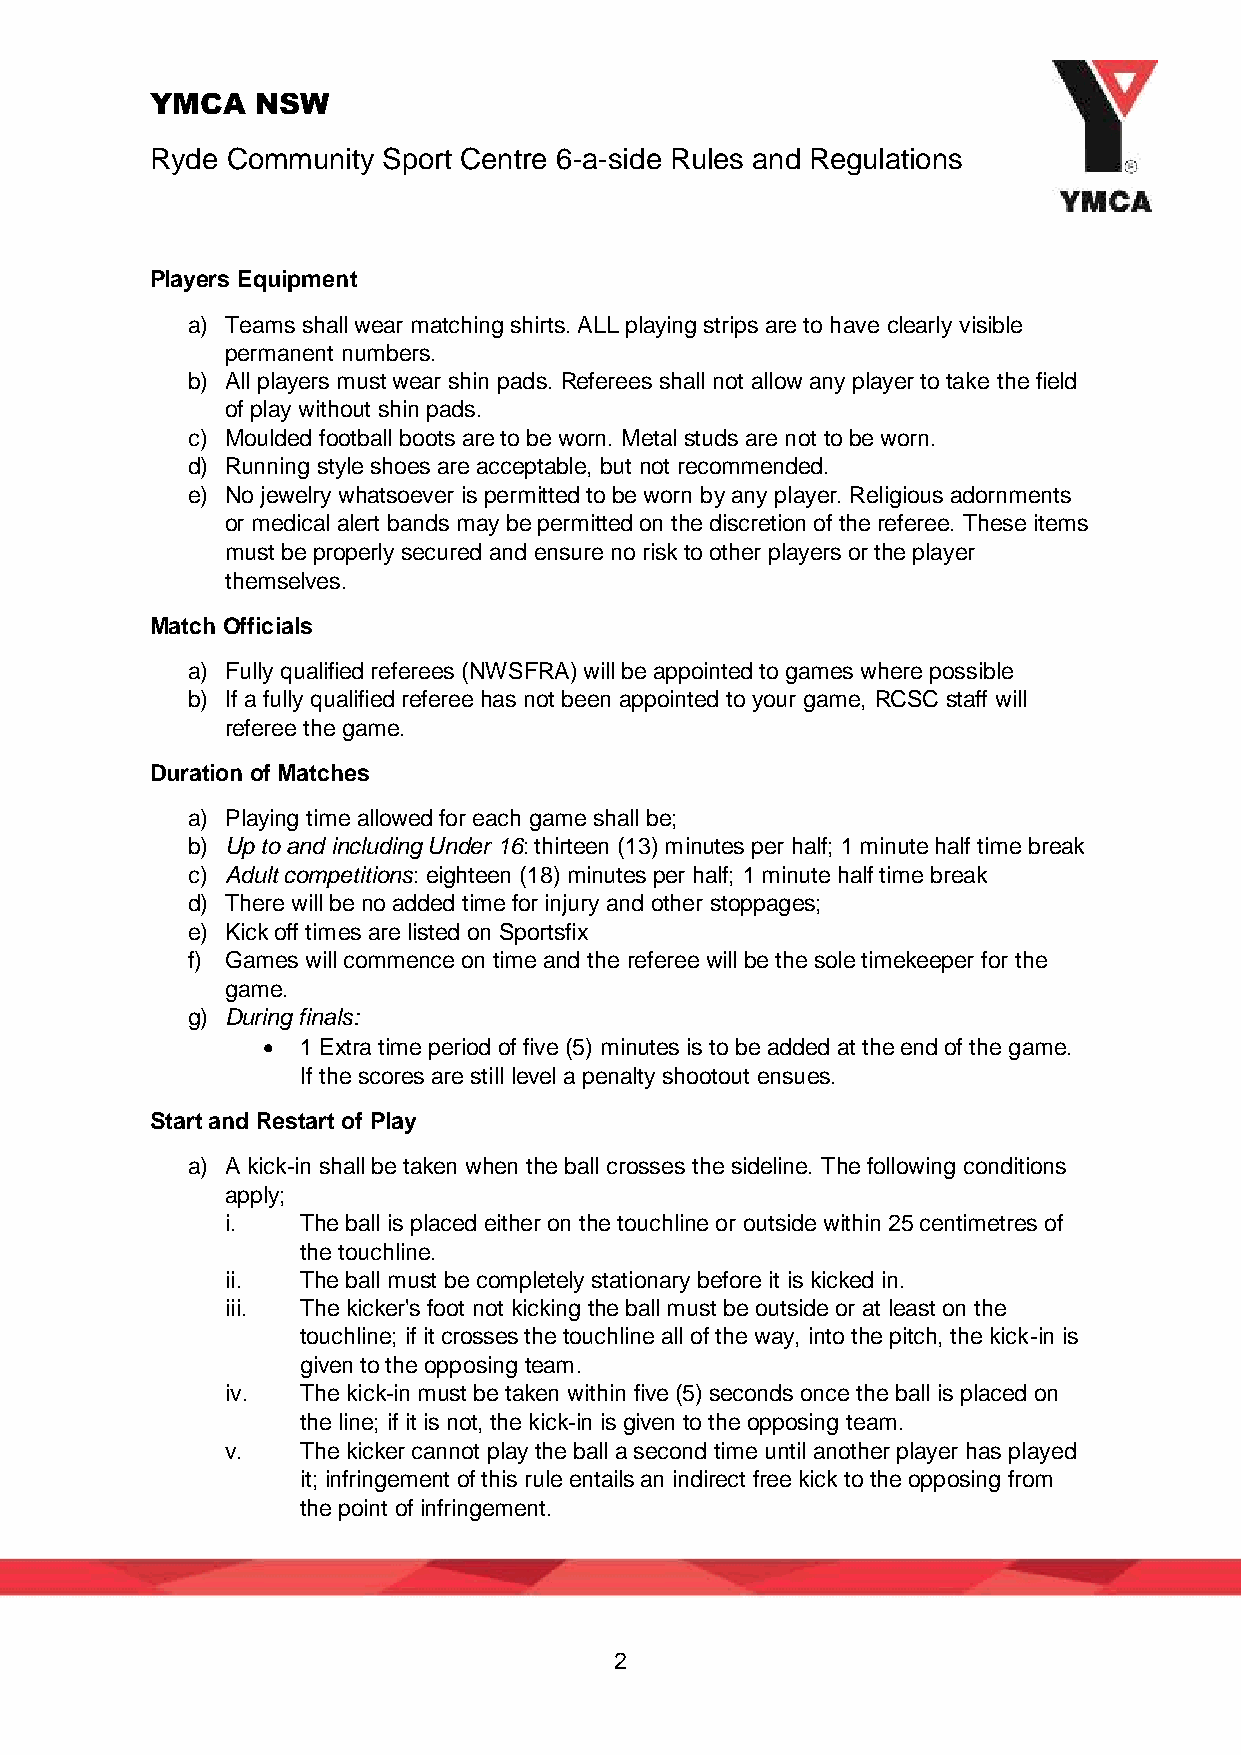
YMCA   NSW
 Ryde Community Sport Centre 6-a-side Rules and Regulations
 Players Equipment
 a) Teams shall wear matching shirts. ALL playing strips are to have clearly visible
 permanent numbers.
 b) All players must wear shin pads. Referees shall not allow any player to take the field
 of play without shin pads.
 c) Moulded football boots are to be worn. Metal studs are not to be worn.
 d) Running style shoes are acceptable, but not recommended.
 e) No jewelry whatsoever is permitted to be worn by any player. Religious adornments
 or medical alert bands may be permitted on the discretion of the referee. These items
 must be properly secured and ensure no risk to other players or the player
 themselves.
 Match Officials
 a) Fully qualified referees (NWSFRA) will be appointed to games where possible
 b) If a fully qualified referee has not been appointed to your game, RCSC staff will
 referee the game.
 Duration of Matches
 a) Playing time allowed for each game shall be;
 b) Up to and including Under 16: thirteen (13) minutes per half; 1 minute half time break
 c) Adult competitions: eighteen (18) minutes per half; 1 minute half time break
 d) There will be no added time for injury and other stoppages;
 e) Kick off times are listed on Sportsfix
 f) Games will commence on time and the referee will be the sole timekeeper for the
 game.
 g) During finals:
   1 Extra time period of five (5) minutes is to be added at the end of the game.
 If the scores are still level a penalty shootout ensues.
 Start and Restart of Play
 a) A kick-in shall be taken when the ball crosses the sideline. The following conditions
 apply;
 i.   The ball is placed either on the touchline or outside within 25 centimetres of
 the touchline.
 ii.  The ball must be completely stationary before it is kicked in.
 iii. The kicker's foot not kicking the ball must be outside or at least on the
 touchline; if it crosses the touchline all of the way, into the pitch, the kick-in is
 given to the opposing team.
 iv.  The kick-in must be taken within five (5) seconds once the ball is placed on
 the line; if it is not, the kick-in is given to the opposing team.
 v.   The kicker cannot play the ball a second time until another player has played
 it; infringement of this rule entails an indirect free kick to the opposing from
 the point of infringement.
 2